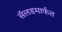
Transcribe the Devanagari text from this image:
सॅलडमार्फत